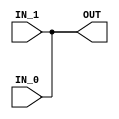

`ifdef BSV_ASSIGNMENT_DELAY
`else
`define BSV_ASSIGNMENT_DELAY
`endif

module ResolveZ( IN_0, IN_1, OUT);
   
   parameter width = 1;

   input [width - 1 : 0] IN_0;
   input [width - 1 : 0] IN_1;

   output [width - 1 : 0] OUT;

   tri [width - 1 : 0] 	BUS;
   
   assign BUS = IN_0 ;
   assign BUS = IN_1 ;
   assign OUT = BUS  ;   
   
endmodule